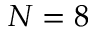
N = 8